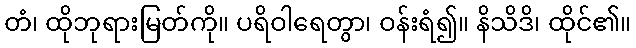
တံ၊ ထိုဘုရားမြတ်ကို။ ပရိဝါရေတွာ၊ ဝန်းရံ၍။ နိသိဒိ၊ ထိုင်၏။